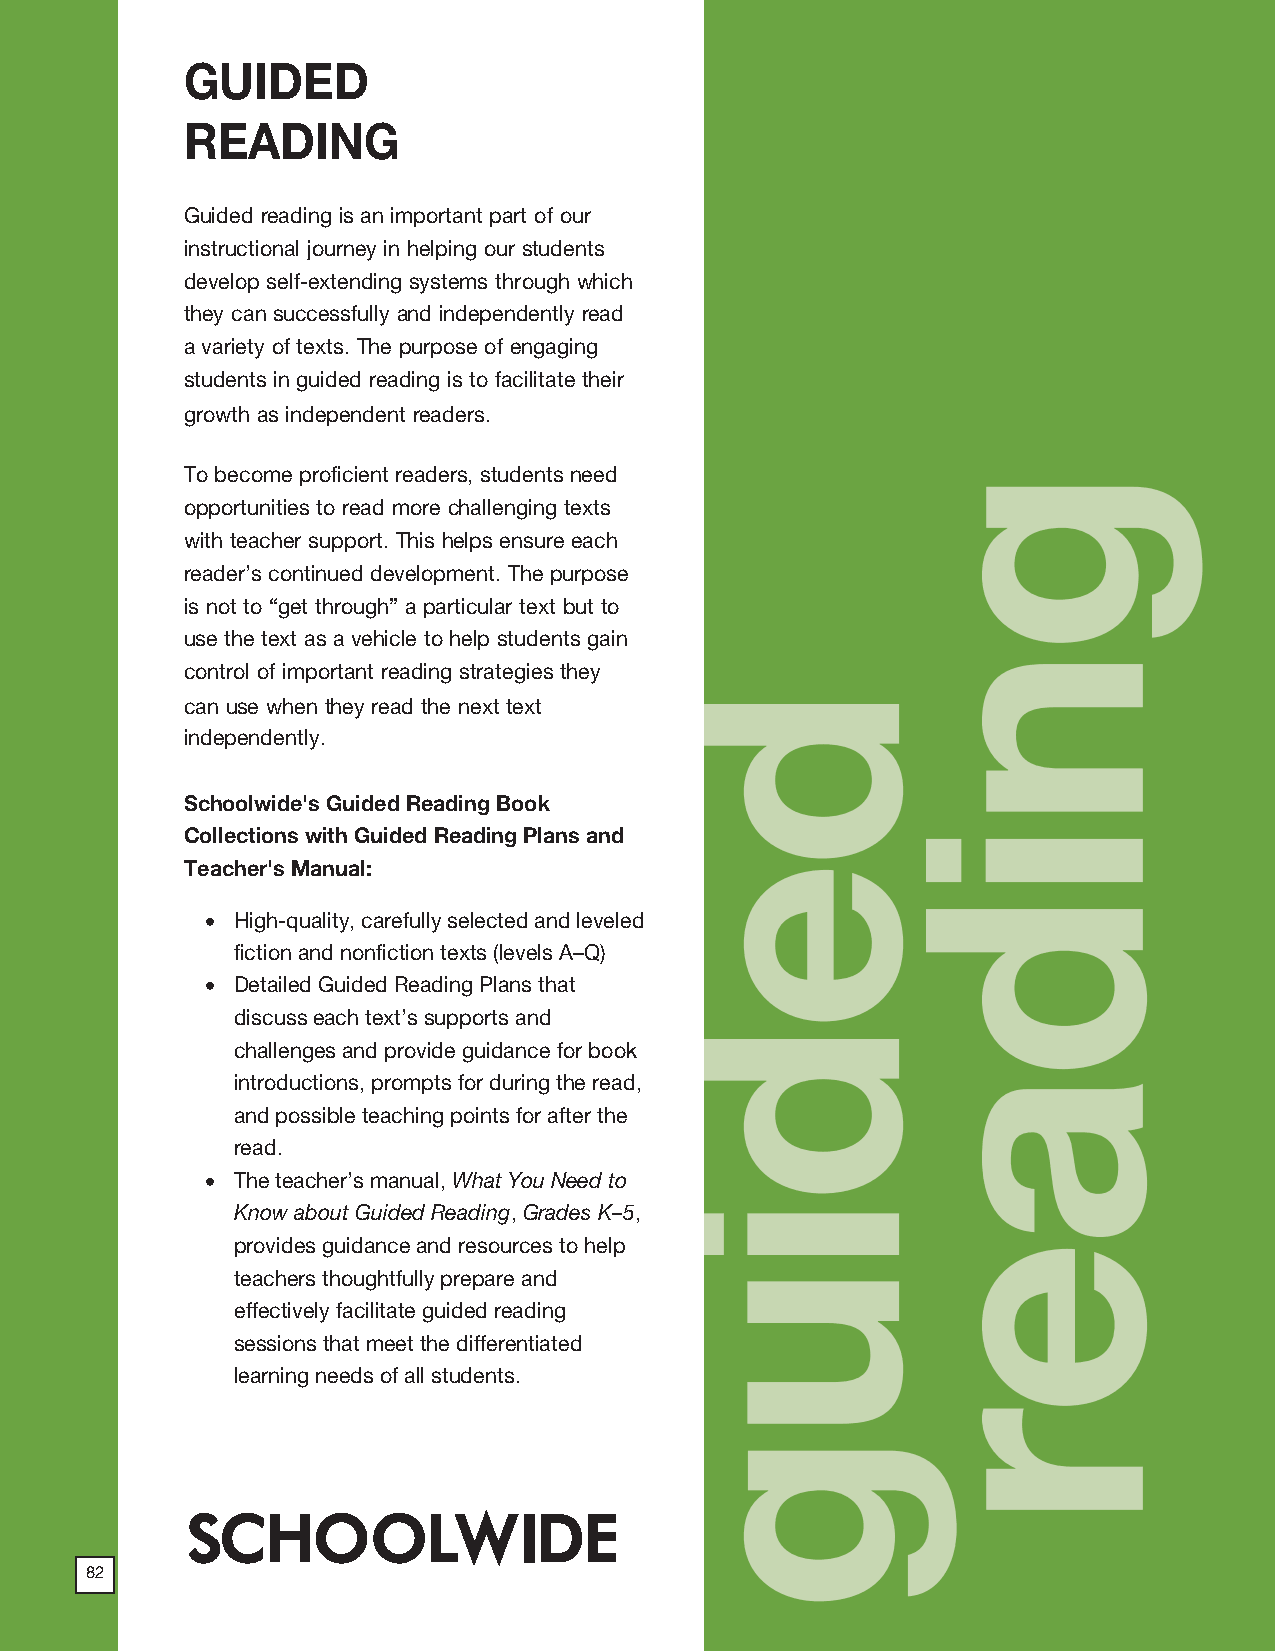
2018 ProdSamp_Layout 1 7/28/17 12:10 PM Page 210
 GUIDED
 READING
 Guided reading is an important part of our
 instructional journey in helping our students
 develop self-extending systems through which
 they can successfully and independently read
 a variety of texts. The purpose of engaging
 students in guided reading is to facilitate their
 growth as independent readers.
 To become proficient readers, students need
 opportunities to read more challenging texts
 with teacher support. This helps ensure each
 reader’s continued development. The purpose
 is not to “get through” a particular text but to
 use the text as a vehicle to help students gain
 control of important reading strategies they
 can use when they read the next text
 independently.
 Schoolwide's Guided Reading Book
 Collections with Guided Reading Plans and
 Teacher's Manual:
 • High-quality, carefully selected and leveled
 fiction and nonfiction texts (levels A–Q)
 • Detailed Guided Reading Plans that
 discuss each text’s supports and
 challenges and provide guidance for book
 introductions, prompts for during the read,
 and possible teaching points for after the
 read.
 • The teacher’s manual, What You Need to
 Know about Guided Reading, Grades K–5,
 provides guidance and resources to help
 teachers thoughtfully prepare and
 effectively facilitate guided reading
 sessions that meet the differentiated
 learning needs of all students.
 SCHOOLWIDE
 82